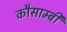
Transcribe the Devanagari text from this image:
कौसाम्बी